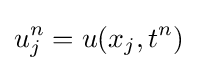
u_{j}^{n}=u(x_{j},t^{n})